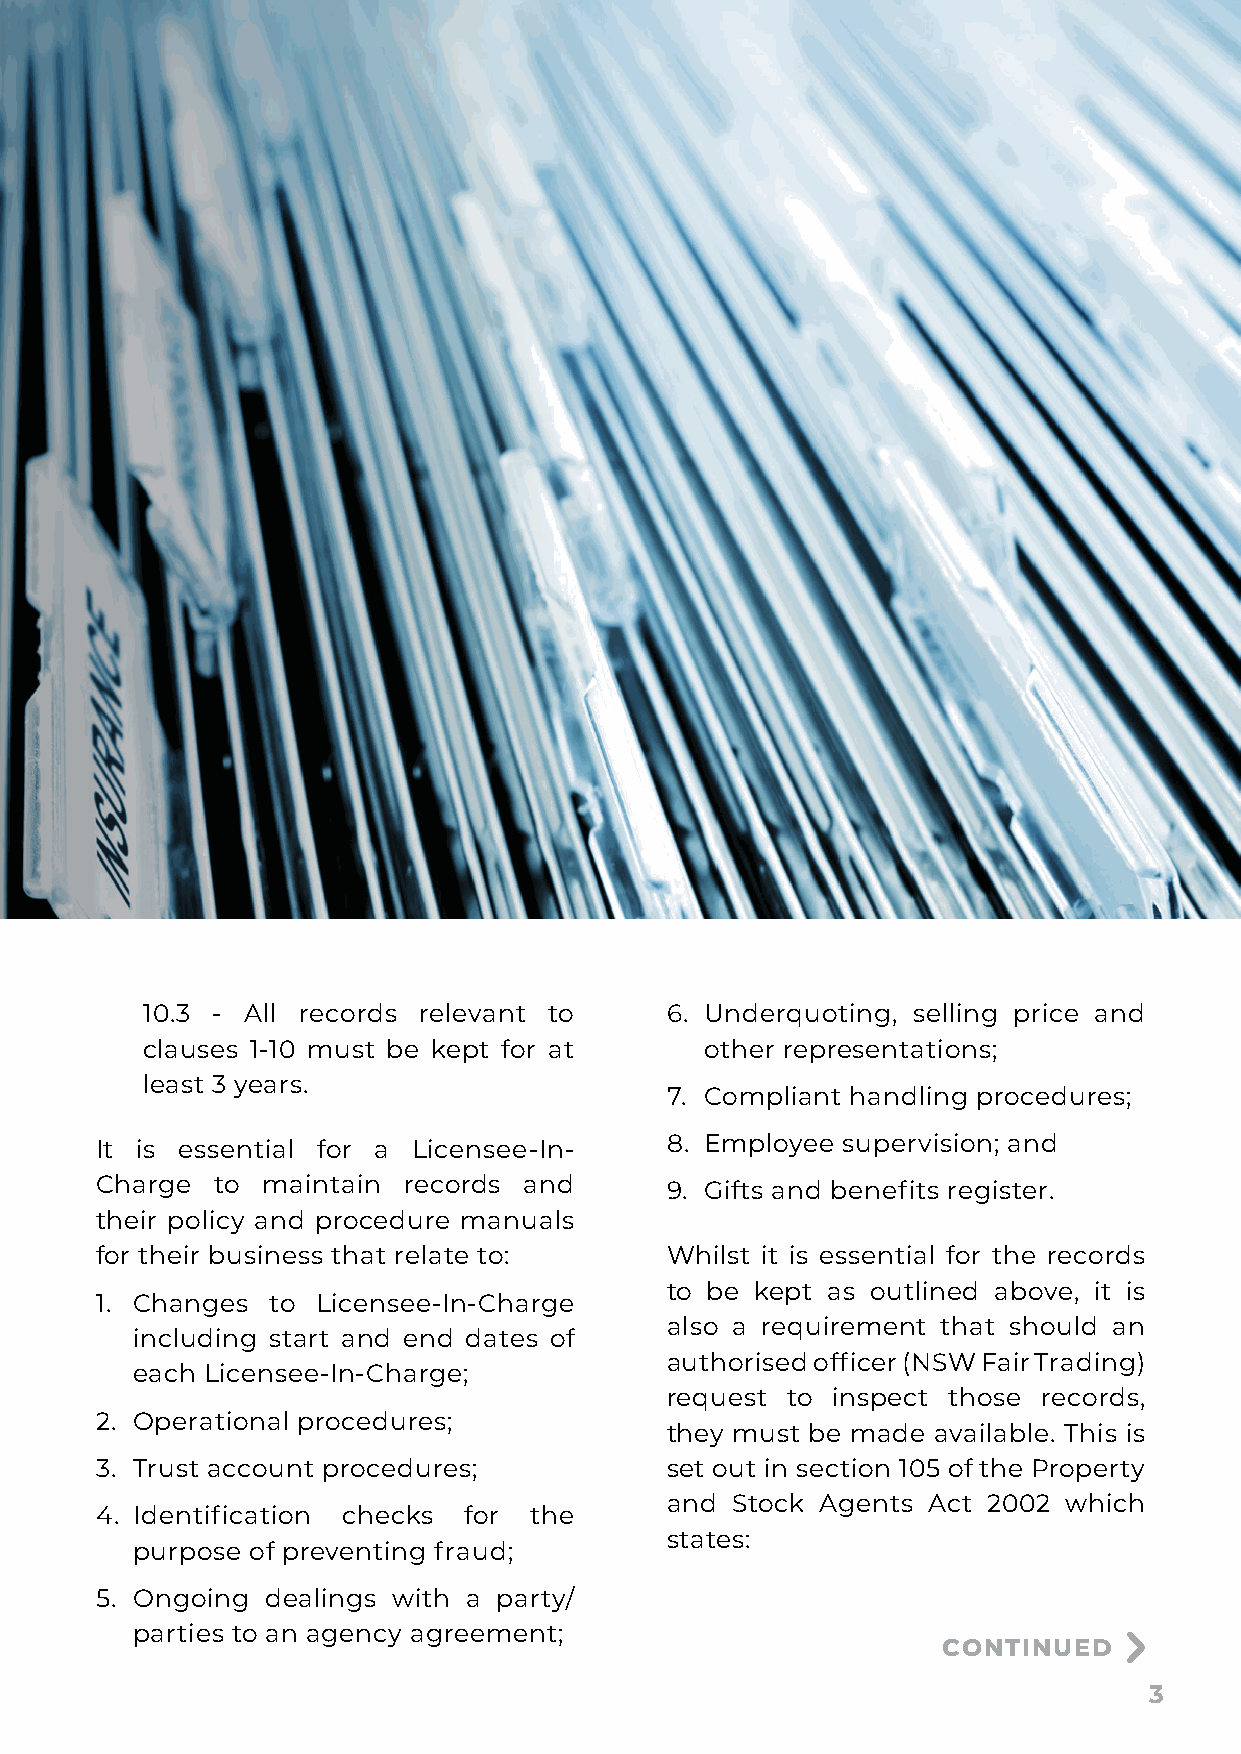
10.3 - All records relevant to     6. Underquoting, selling price and
 clauses 1-10 must be kept for at      other representations;
 least 3 years.
 7. Compliant handling procedures;
 It is essential for a Licensee-In-    8. Employee supervision; and
 Charge  to maintain  records and      9. Gifts and benefits register.
 their policy and procedure manuals
 for their business that relate to:    Whilst it is essential for the records
 to be kept as outlined above, it is
 1. Changes  to Licensee-In-Charge
 also a requirement that should an
 including start and end dates of
 authorised officer (NSW Fair Trading)
 each Licensee-In-Charge;
 request to inspect those records,
 2. Operational procedures;
 they must be made available. This is
 3. Trust account procedures;          set out in section 105 of the Property
 and Stock Agents Act 2002  which
 4. Identification checks for the
 states:
 purpose of preventing fraud;
 5. Ongoing  dealings with a party/
 parties to an agency agreement;
 CONTINUED
 3